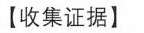
【收集证据】